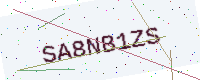
Text: SA8NB1ZS